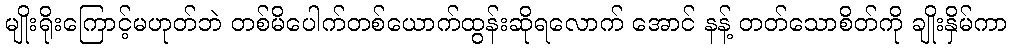
မျိုးရိုးကြောင့်မဟုတ်ဘဲ တစ်မိပေါက်တစ်ယောက်ထွန်းဆိုရလောက် အောင် နန့် တတ်သောစိတ်ကို ချိုးနှိမ်ကာ